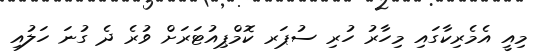
މިއީ އެމެރިކާގައި މިހާރު ހުރި ސުޕަރ ކޮމްޕިއުޓަރަށް ވުރެ ދެ ގުނަ ހަލުއި